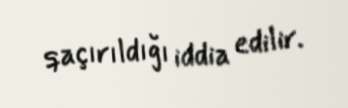
qaçırıldığı iddia edilir.